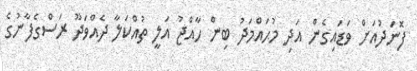
ފޮނަދުއަށް ވަޑައިގެން އަދި މުޙައްމަދު ބިން ހާއްޖު އަލީ ތުއްކަލާ ދެއްވަދޫ ރަސްގެފާނުގެ